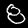
Digit: 8